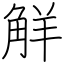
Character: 觧